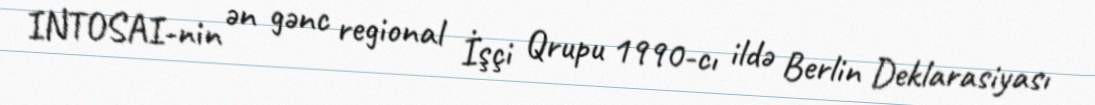
INTOSAI-nin ən gənc regional İşçi Qrupu 1990-cı ildə Berlin Deklarasiyası